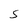
Character: S